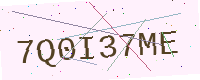
Text: 7Q0I37ME